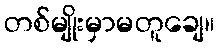
တစ်မျိုးမှာမတူချေ။